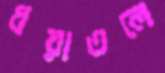
ধরাতলে